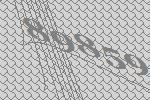
89859